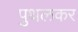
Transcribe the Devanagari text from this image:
पुथलकर